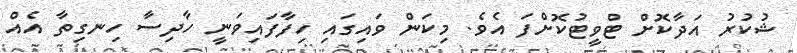
ޝުކުރު އަދާކޮށް ޓްވީޓުކޮށްފަ އެވެ. މިކަން ވައިގައި ހިފާފައިވަނީ ހާދިސާ ހިނގިތާ އެއް